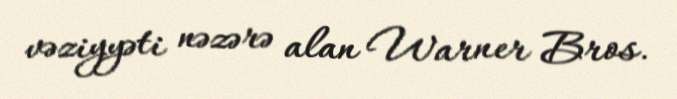
vəziyyəti nəzərə alan Warner Bros.